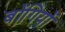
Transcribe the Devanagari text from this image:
बोंगियों